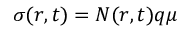
\sigma ( r , t ) = N ( r , t ) q \mu